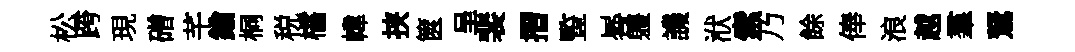
松跨現磳芊鍮桐税櫺幃挟篋呈裴摺䜿晷軆譏洑索乃餘俸浪越羣駑